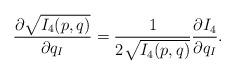
LaTeX: \begin{align*}\frac{\partial \sqrt{I_4(p,q)}}{\partial q_I}=\frac{1}{2\sqrt{I_4(p,q)}}\frac{\partial I_4}{\partial q_I}.\end{align*}